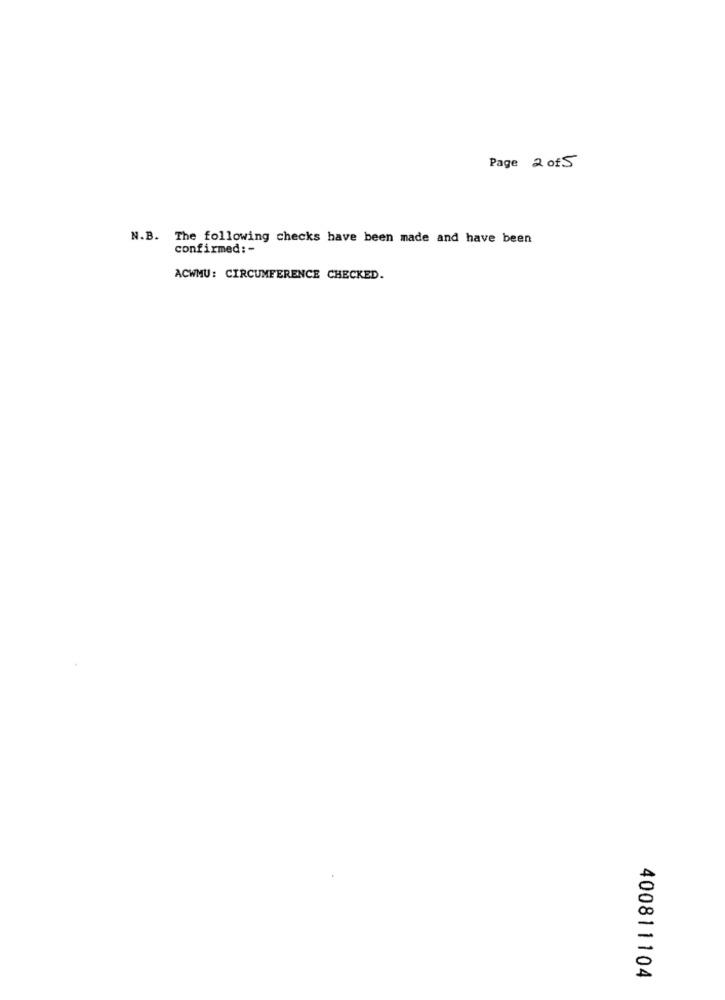
Page 2 of5
N.B. The following checks have been made and have been
confirmed: -
ACWMU: CIRCUMFERENCE CHECKED.
400811104